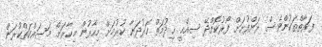
ފަރާތްތަކުންވެސް ރަށްފުށަށް ފޯރުކޮށްދޭ ސިއްޙީ ޚިދުމަތް ހަރުދަނާ ކުރުމަށް މިހާރުން މިހާރަށް މަސައްކަތްކުރަން